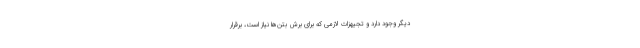
دیگر وجود دارد و تجیهزات لازمی که برای برش بتن‌ها نیاز است، برقرار